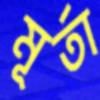
মূর্তা